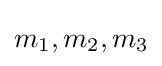
m_{1},m_{2},m_{3}